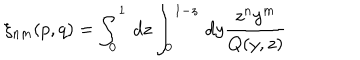
\xi _ { n m } ( p , q ) = \int _ { 0 } ^ { 1 } \, d z \int _ { 0 } ^ { 1 - z } \, d y { \frac { z ^ { n } y ^ { m } } { Q ( y , z ) } }